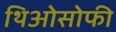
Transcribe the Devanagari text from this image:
थिओसोफी